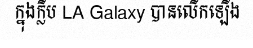
ក្នុងក្លឹប LA Galaxy បានលើកឡើង